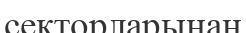
секторларынан